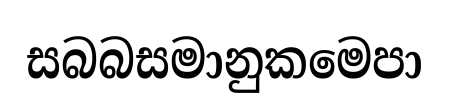
සබබසමානුකමෙපා